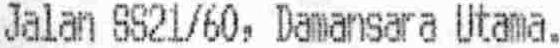
JALAN SS21/60,DAMANSARA UTAMA.